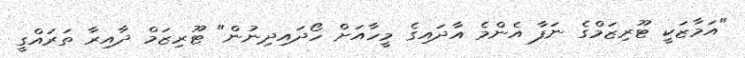
"އަމާޒަކީ ޓޫރިޒަމްގެ ނަފާ އެންމެ އާދައިގެ މީހާއަށް ހޯދައިދިނުން" ޓޫރިޒަމް ދާއިރާ ތަރައްގީ